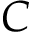
C